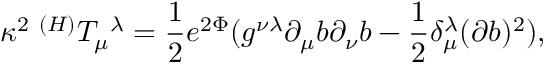
{ \kappa } ^ { 2 } \; ^ { ( H ) } T _ { \mu } ^ { \; \; \lambda } = \frac 1 2 e ^ { 2 \Phi } ( g ^ { \nu \lambda } \partial _ { \mu } b \partial _ { \nu } b - \frac 1 2 \delta _ { \mu } ^ { \lambda } ( \partial b ) ^ { 2 } ) ,